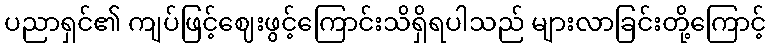
ပညာရှင်၏ ကျပ်ဖြင့်ဈေးဖွင့်ကြောင်းသိရှိရပါသည် များလာခြင်းတို့ကြောင့်